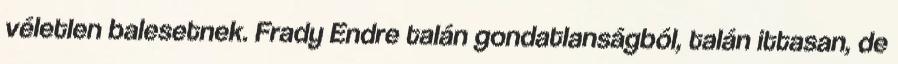
véletlen balesetnek. Frady Endre talán gondatlanságból, talán ittasan, de